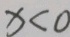
x < 0